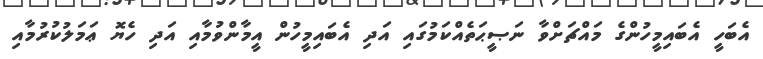
އެބަހީ އެބައިމީހުންގެ މައްޗަށްވާ ނަޞީޙަތެއްކަމުގައި އަދި އެބައިމީހުން އީމާންވުމާއި އަދި ހެޔޮ ޢަމަލުކުރުމާއި